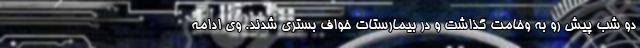
دو شب پیش رو به وخامت گذاشت و در بیمارستات خواف بستری شدند. وی ادامه